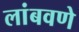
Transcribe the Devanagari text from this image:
लांबवणे